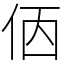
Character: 𠈇